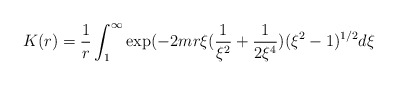
\begin{align*}K(r)=\frac{1}{r}\int_{1}^{\infty} \exp (-2mr\xi(\frac{1}{\xi^{2}}+\frac{1}{2\xi^{4}})(\xi^{2}-1)^{1/2}d\xi\end{align*}